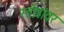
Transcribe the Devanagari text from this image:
स्तोत्रांवर